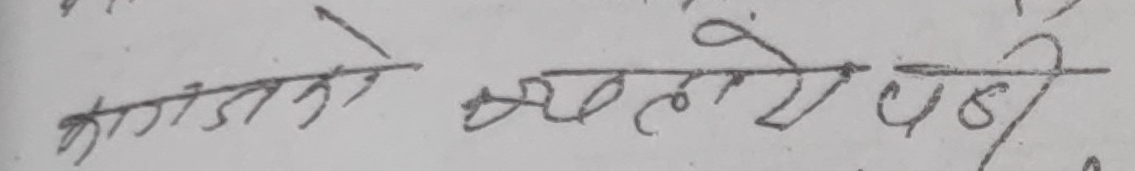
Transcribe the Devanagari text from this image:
कागज ब्यहोरे पडी